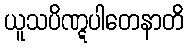
ယူသပိဏ္ဋပါတေနာတိ